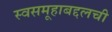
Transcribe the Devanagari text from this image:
स्वसमूहाबद्दलची